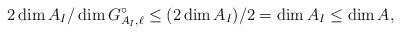
LaTeX: \begin{align*}2 \dim A_I / \dim G_{A_I,\ell}^\circ \leq (2 \dim A_I)/2 = \dim A_I \leq \dim A,\end{align*}